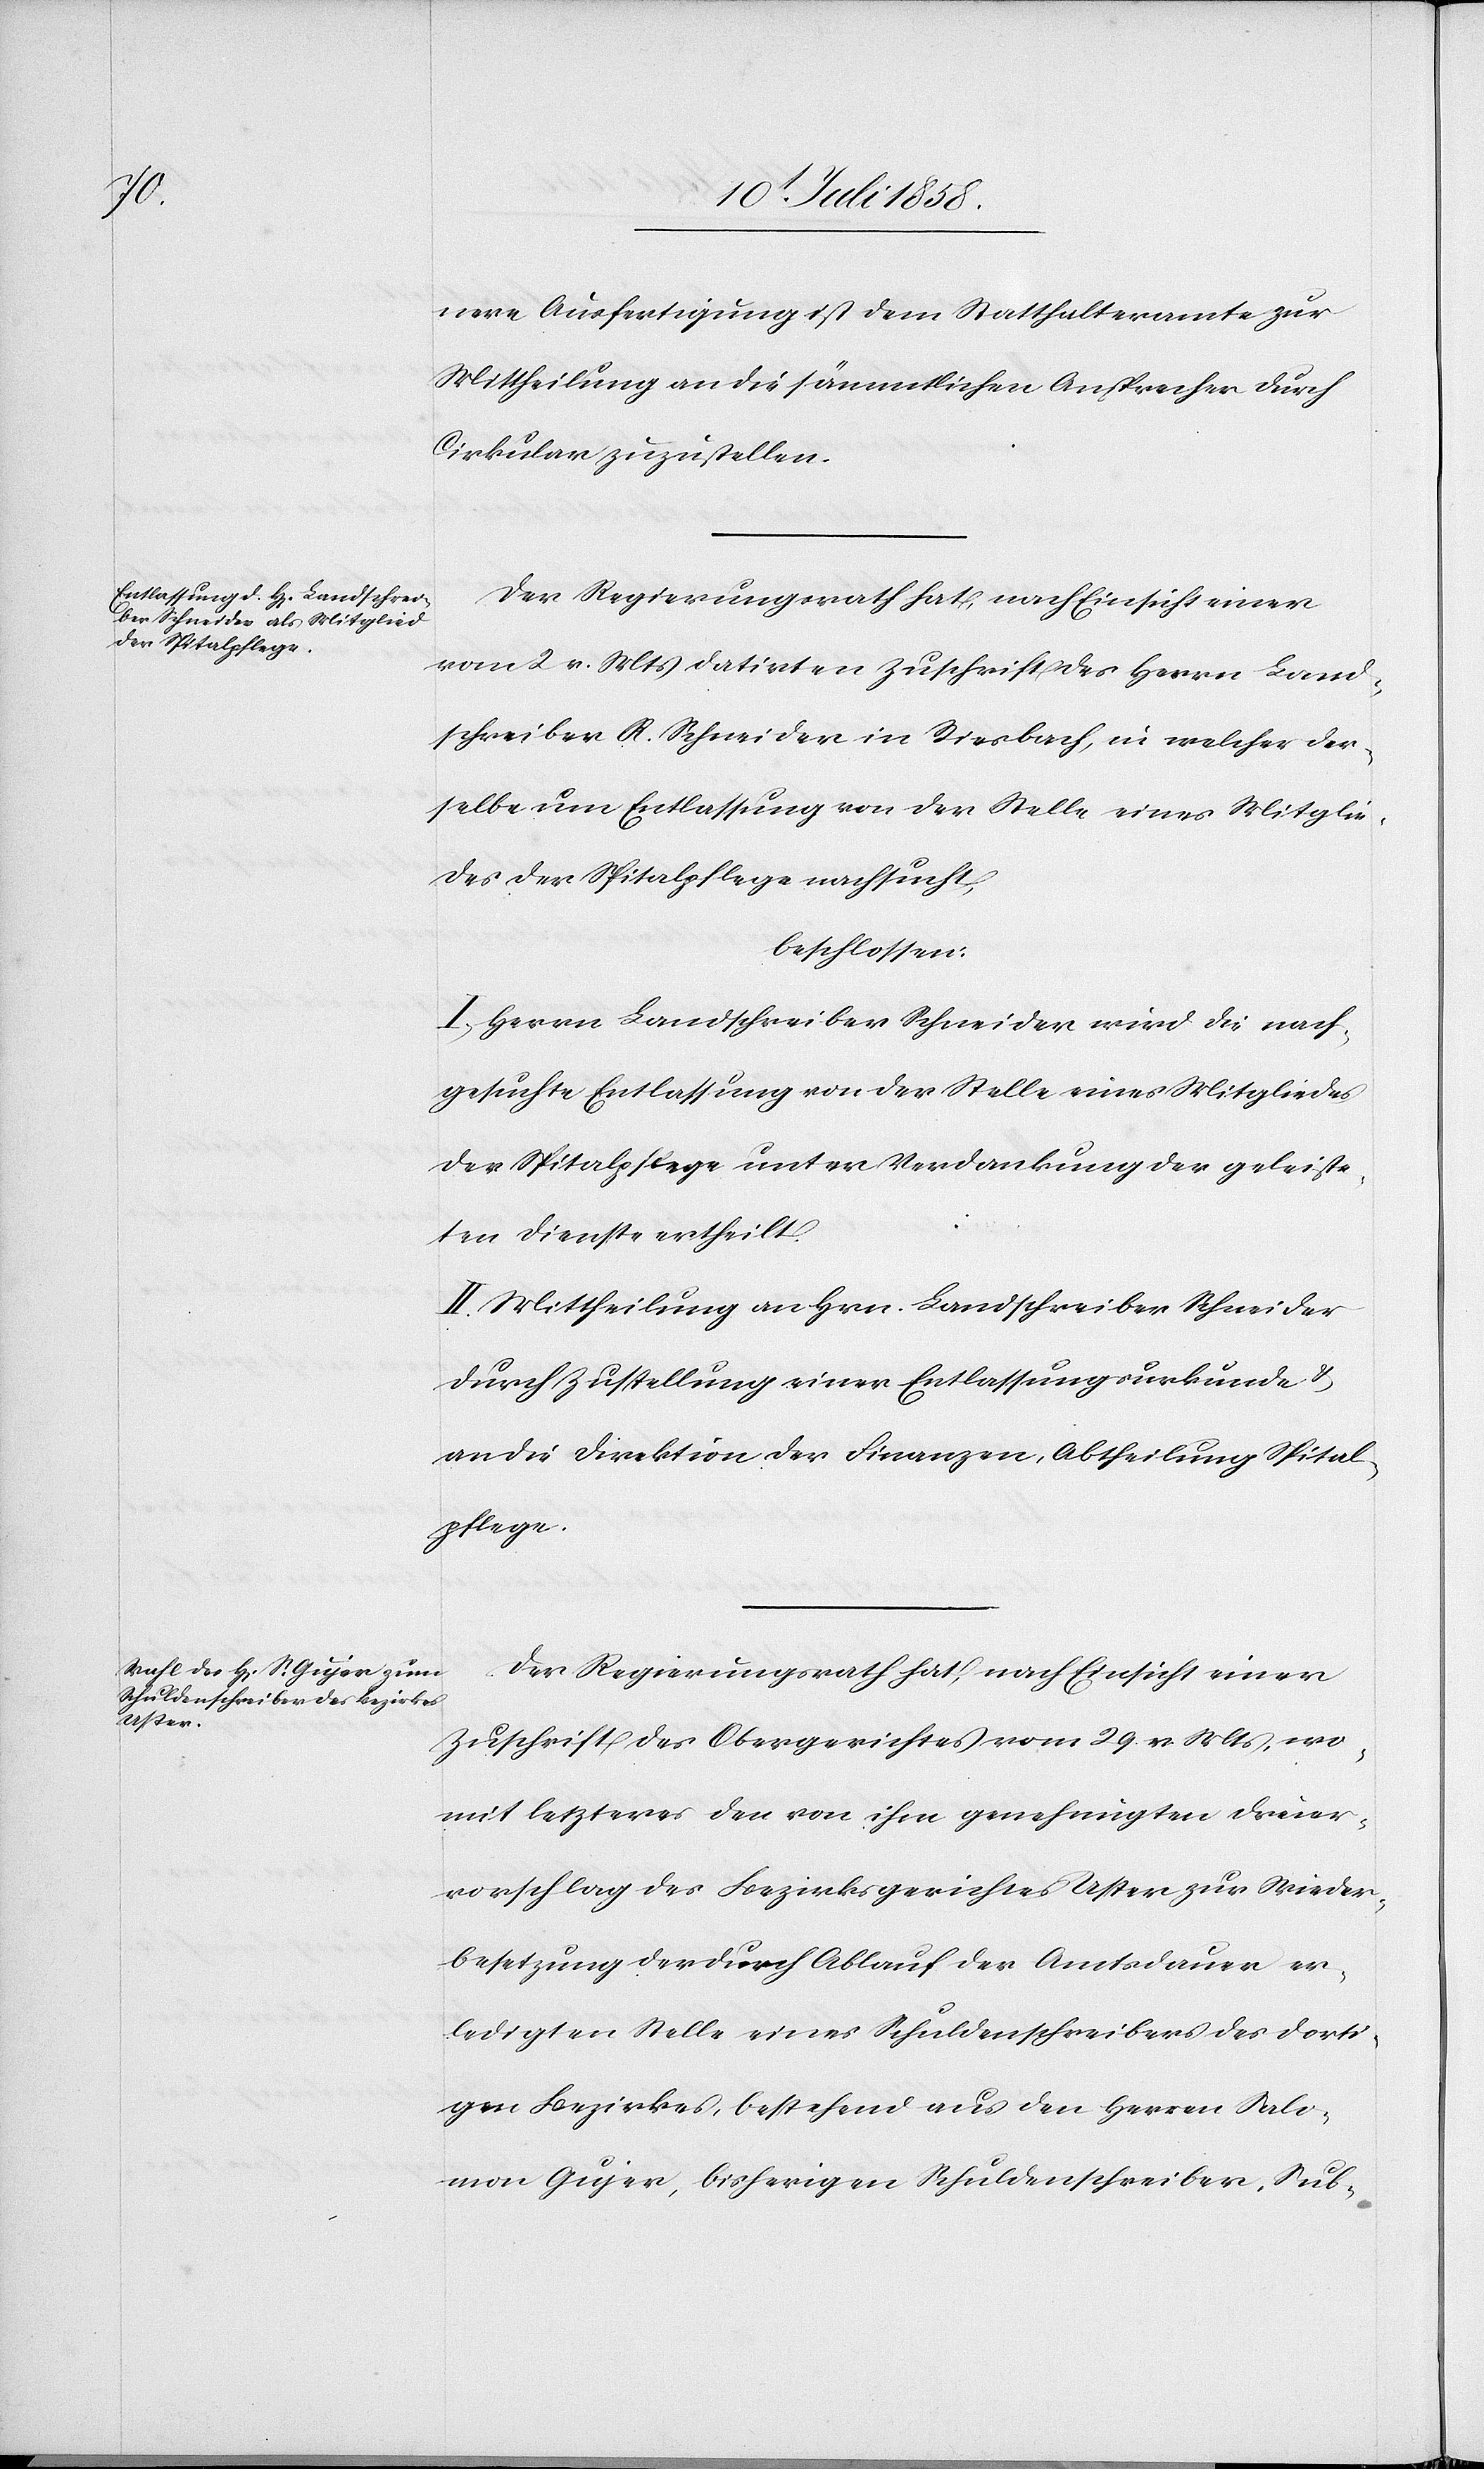
nere Ausfertigung ist dem Statthalteramte zur
Mittheilung an die sämmtlichen Ansprecher durch
Cirkular zuzustellen.
Der Regierungsrath hat, nach Einsicht einer
vom 2 v. Mts datirten Zuschrift des Herrn Land¬
schreiber R. Schneider in Riesbach, in welcher der¬
selbe um Entlassung von der Stelle eines Mitglie¬
des der Spitalpflege nachsucht,
beschlossen:
I. Herrn Landschreiber Schneider wird die nach¬
gesuchte Entlassung von der Stelle eines Mitgliedes
der Spitalpflege unter Verdankung der geleiste¬
ten Dienste ertheilt.
II. Mittheilung an Hrn. Landschreiber Schneider
durch Zustellung einer Entlassungsurkunde &
an die Direktion der Finanzen, Abtheilung Spital¬
pflege.
Der Regierungsrath hat, nach Einsicht einer
Zuschrift des Obergerichtes vom 29. v. Mts, wo¬
mit letzteres den von ihm genehmigten Dreier¬
vorschlag des Bezirksgerichtes Uster zur Wieder¬
besetzung der durch Ablauf der Amtsdauer er¬
ledigten Stelle eines Schuldenschreibers des dorti¬
gen Bezirkes, bestehend aus den Herren Salo¬
mon Gujer, bisherigen Schuldenschreiber, Sub-